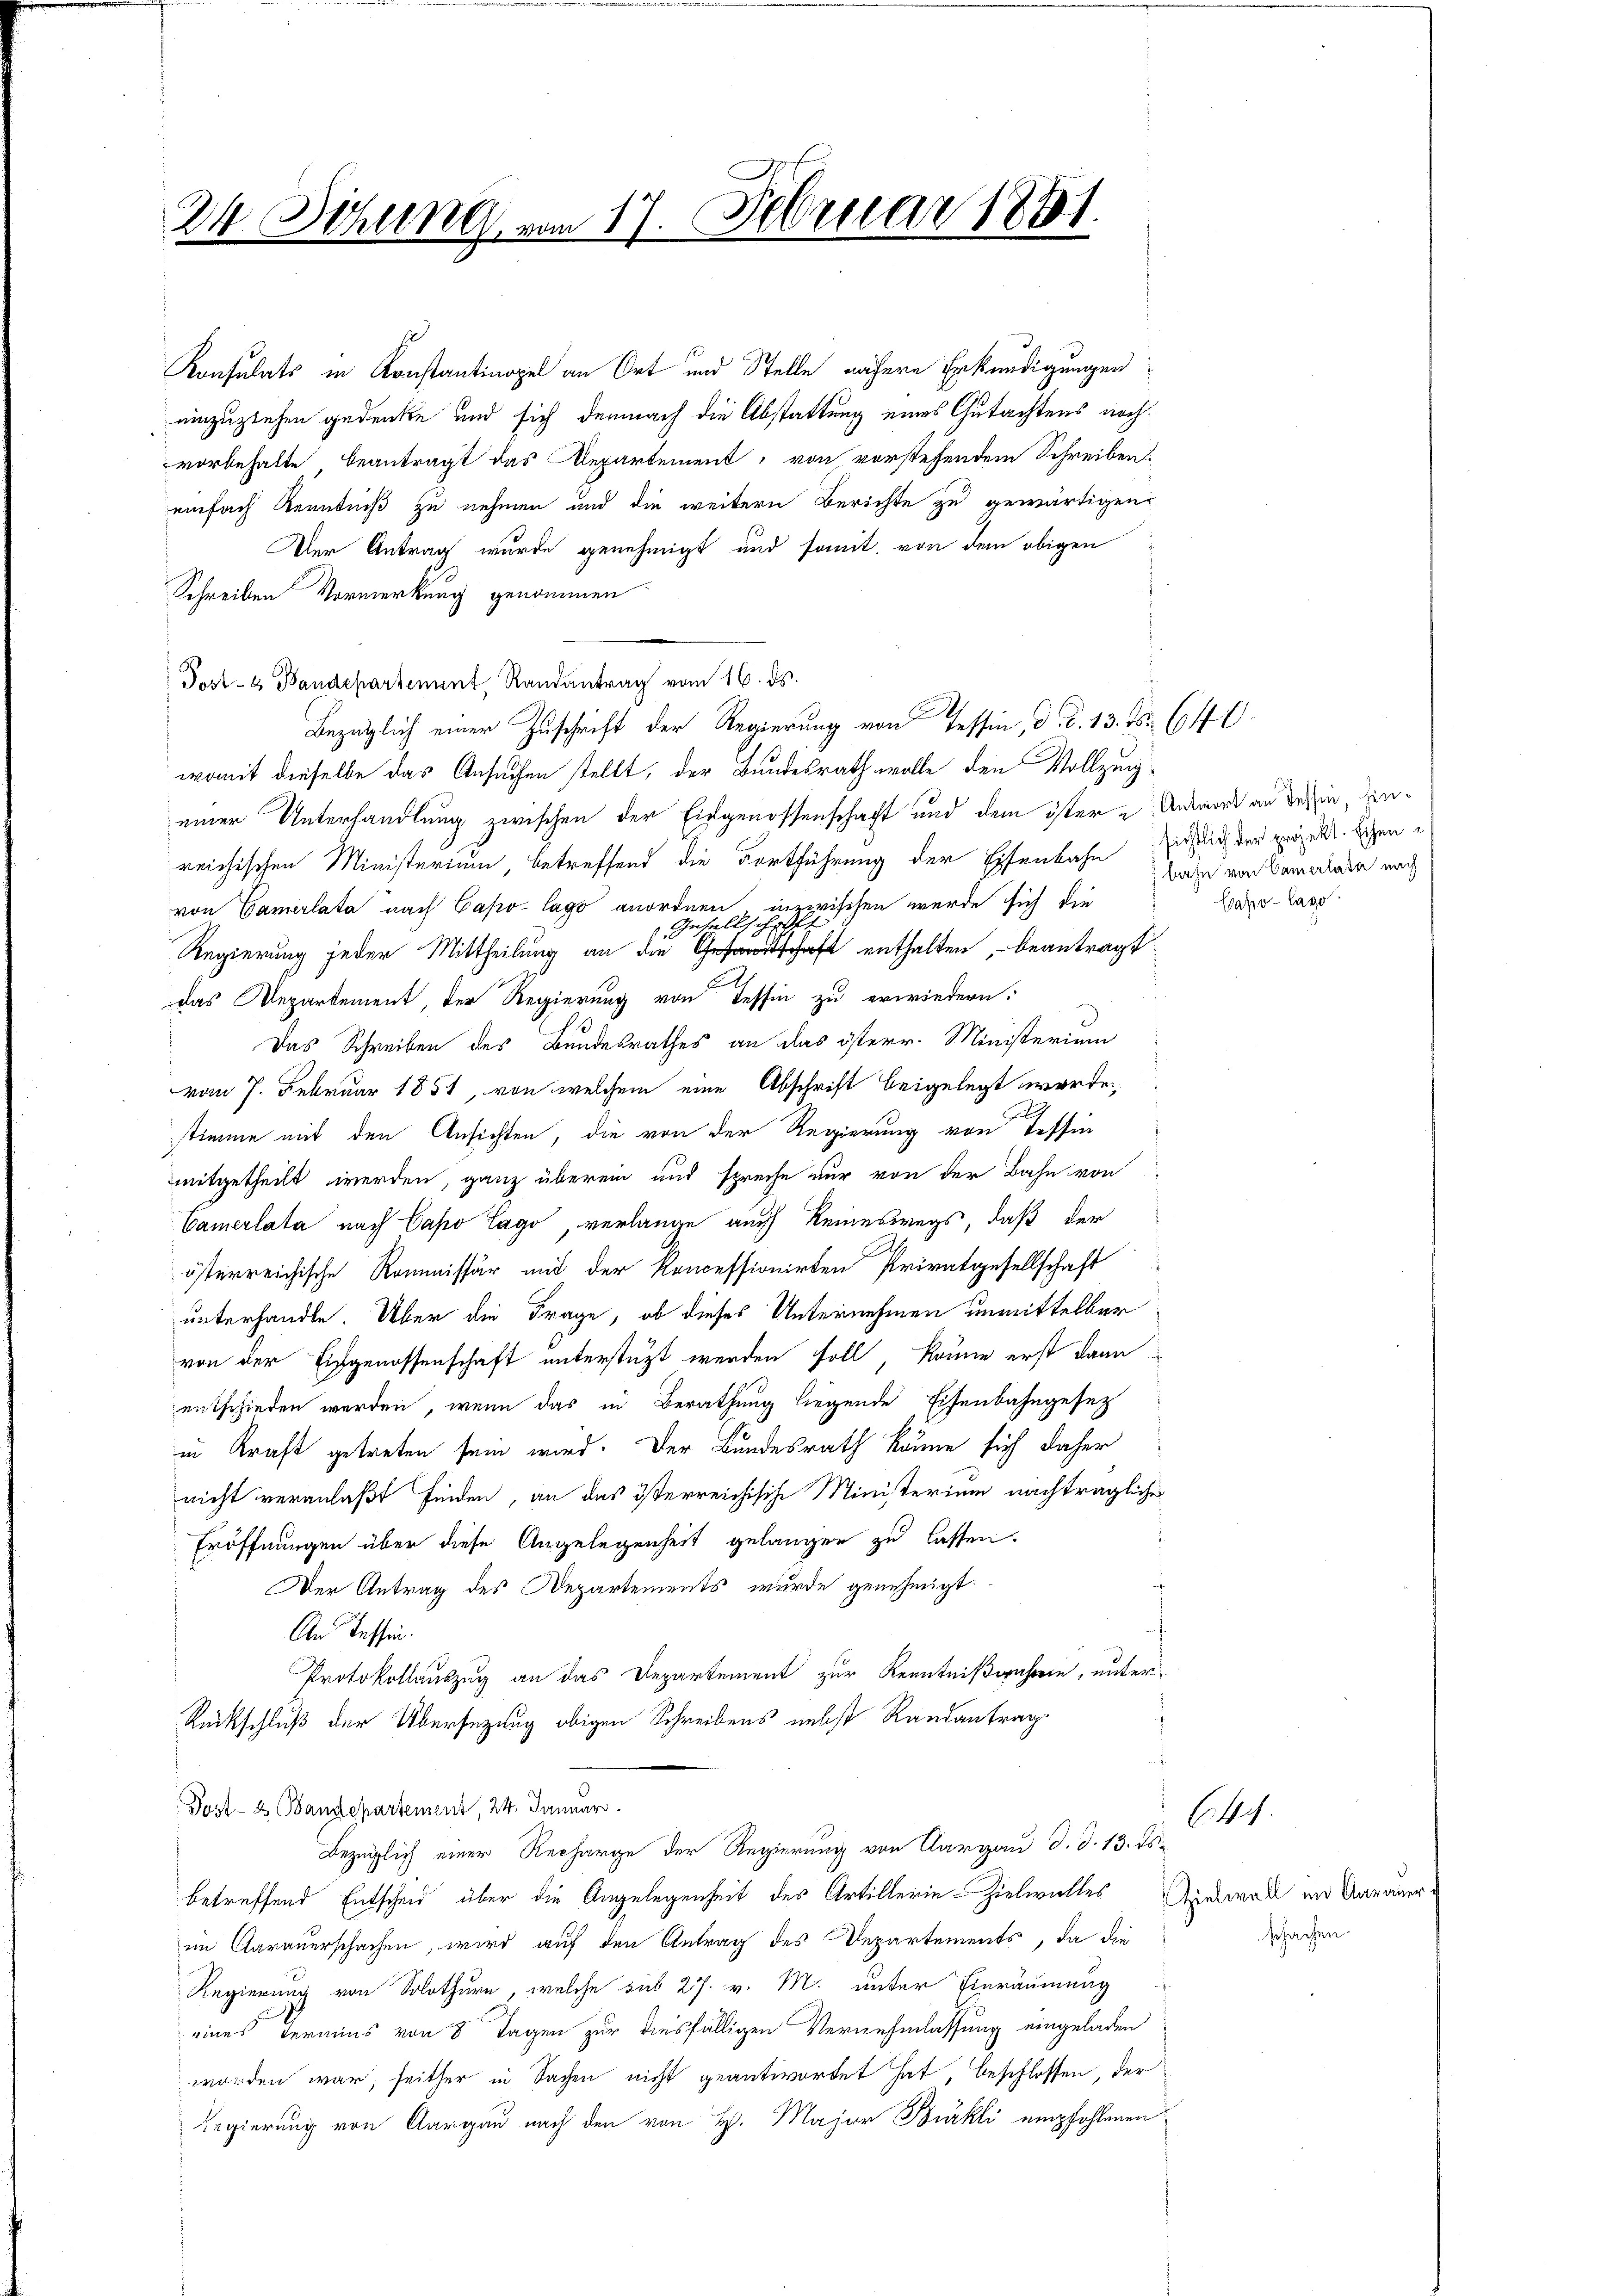
24 Dihung vom 17. Februar 1881.

Konsulats in Konstantinopel an Ort und Stelle nähere Erkundigungen
einzuziehen gedenke und sich demnach die Abstattung eines Gutachtens nochvorbehalte beantragt das Departement, von vorstehendem Schreiben
einfach Kenntniß zu nehmen und die weitern Berichte zu gewärtigen
Der Antrag wurde genehmigt und somit, von dem obigen
Schreiben Vormerkung genommen
 Post- u Bandepartement Randantrag vom 16. ds.
womit dieselbe das Ansuchen stellt, der Bundesrath wolle den Vollzuig-
einer Unterhandlung zwischen der Eidgenossenschaft und dem öster Antwort an dessin, diereichischen Ministerium, betreffend die Fortführung der Eisenbahn sichtlich der projekt. Eigenvon Camerlata nach Capo lago anordnen, inzwischen werde sich die
Inhalt
Regierung jeder Mittheilung an die Geschaft enthalten, – beantragt
das Departement, der Regierung von Tessin zu erwiedern:
Das Schreiben des Bundesrathes an das österr. Ministerium
vom 7. Februar 1851, von welchem eine Abschrift beigelegt werde,
stimme mit den Ansichten, die von der Regierung von Tessin
mitgetheilt werden, ganz überein uns spreche nur von der Bahn von
Camerlata nach Capo lag, verlange auch keineswegs, daß der
österreichische Kommissär mit der Koncessionirten Privatgesellschaft
unterhandle. Über die Frage, ob dieses Unternehmen unmittelbar
von der Eidgenossenschaft unterstüzt werden soll, könne erst dann
entschieden werden, wenn das in Berathung liegende Eisenbahngesetz
in Kraft getreten sein wird. Der Bundesrath könne sich daher
nicht veranlaßt finden, an das österreichische Ministerium nachträgliches
Eröffnungen über diese Angelegenheit gelangen zu lassen.
Der Antrag des Departements, wurde genehmigt.
An Tessin.
Protokollauszug an das Departement zur Kenntnißwahren, unter¬
Rückschluß der Übersezung obigen Schreibens nebst Randantrag
Post- & Bandepartement, 24. Januar
Bezüglich einer Recharge der Regierung von Aargau d. d. 13. ds.
betreffend Entscheid über die Angelegenheit des Artillerin-Zielwalles Apelwall im Aarauer-
im Aarauerschachen, wird auf den Antrag des Departements, da die
Regierung von Solothurn, welche sub 27. v. M. unter Einräumung
eines Termins von 8 Tagen zur diesfälligen Vernehmlassung eingeladen
worden war, seither in Sachen nicht geantwortet hat, beschlossen, der
Regierung von Aargau nach den von H. Major Bürkli empfohlenen

Bezüglich einer Zuschrift der Regierung von Tessin, d. d. 13. Fr. 640.

bahn von Camerlata nach
Capo-Lago

schachen.

(4.